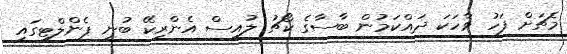
މެޗަށް ފަހު ވާހަކަ ދައްކަމުން ބާސާގެ ކޯޗު ލުއިސް އެންރިކޭ ބުނީ ޕެންލްޓީގައި